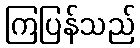
ကြပြန်သည်